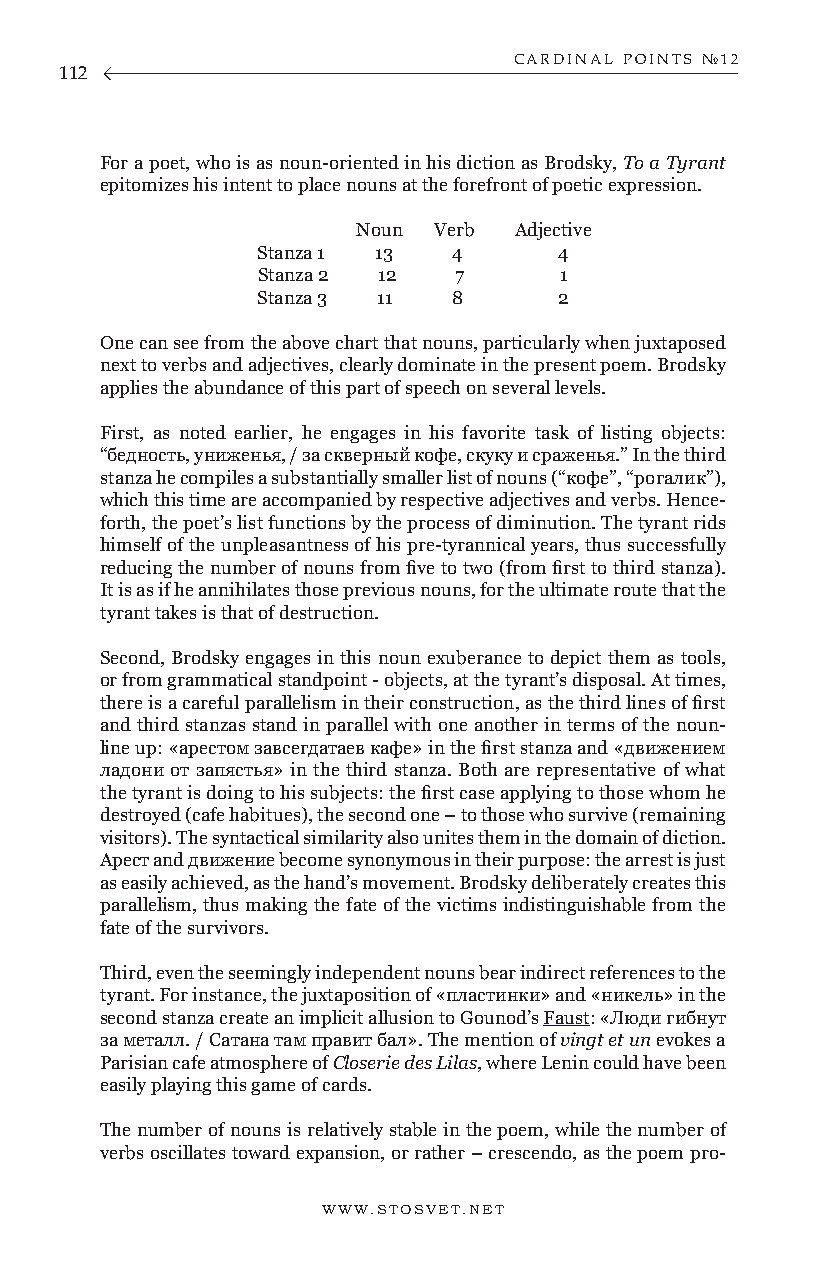
CARDINAL POINTS №12
 112
 For a poet, who is as noun-oriented in his diction as Brodsky, To a Tyrant
 epitomizes his intent to place nouns at the forefront of poetic expression.
 Noun Verb Adjective
 Stanza 1 13  4      4
 Stanza 2 12  7      1
 Stanza 3 11  8      2
 One can see from the above chart that nouns, particularly when juxtaposed
 next to verbs and adjectives, clearly dominate in the present poem. Brodsky
 applies the abundance of this part of speech on several levels.
 First, as noted earlier, he engages in his favorite task of listing objects:
 “бедность, униженья, / за скверный кофе, скуку и сраженья.” In the third
 stanza he compiles a substantially smaller list of nouns (“кофе”, “рогалик”),
 which this time are accompanied by respective adjectives and verbs. Hence-
 forth, the poet’s list functions by the process of diminution. The tyrant rids
 himself of the unpleasantness of his pre-tyrannical years, thus successfully
 reducing the number of nouns from five to two (from first to third stanza).
 It is as if he annihilates those previous nouns, for the ultimate route that the
 tyrant takes is that of destruction.
 Second, Brodsky engages in this noun exuberance to depict them as tools,
 or from grammatical standpoint - objects, at the tyrant’s disposal. At times,
 there is a careful parallelism in their construction, as the third lines of first
 and third stanzas stand in parallel with one another in terms of the noun-
 line up: «арестом завсегдатаев кафе» in the first stanza and «движением
 ладони от запястья» in the third stanza. Both are representative of what
 the tyrant is doing to his subjects: the first case applying to those whom he
 destroyed (cafe habitues), the second one – to those who survive (remaining
 visitors). The syntactical similarity also unites them in the domain of diction.
 Арест and движение become synonymous in their purpose: the arrest is just
 as easily achieved, as the hand’s movement. Brodsky deliberately creates this
 parallelism, thus making the fate of the victims indistinguishable from the
 fate of the survivors.
 Third, even the seemingly independent nouns bear indirect references to the
 tyrant. For instance, the juxtaposition of «пластинки» and «никель» in the
 second stanza create an implicit allusion to Gounod’s Faust: «Люди гибнут
 за металл. / Сатана там правит бал». The mention of vingt et un evokes a
 Parisian cafe atmosphere of Closerie des Lilas, where Lenin could have been
 easily playing this game of cards.
 The number of nouns is relatively stable in the poem, while the number of
 verbs oscillates toward expansion, or rather – crescendo, as the poem pro-
 WWW.STOSVET.NET                                        WWW.STOSVET.NET